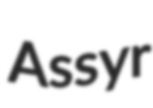
Assyr